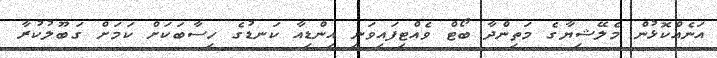
އަނެއްކޮޅުން މެލޭޝިޔާގެ މަތިންދާ ބޯޓް ވެއްޓިފައިވަނީ އިންޑިއާ ކަނޑުގެ ހިސާބަކަށް ކަމަށް ގަބޫލުކުރާ